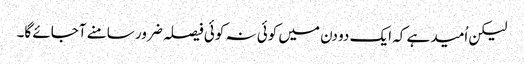
لیکن اُمید ہے کہ ایک دو دن میں کوئی نہ کوئی فیصلہ ضرور سامنے آجائے گا۔